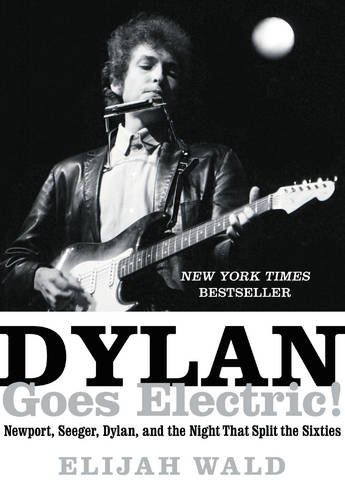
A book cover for Dylan Goes Electric!: Newport, Seeger, Dylan, and the Night That Split the Sixties; Elijah Wald; Humor & Entertainment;